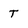
Character: T